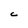
Character: C